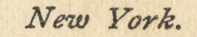
New York.